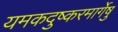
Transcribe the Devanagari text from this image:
यमकदुष्करमार्गेषु